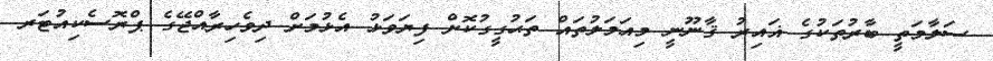
ސަލާމަތީ ބާރުތަކުގެ ޣައިރު ޤާނޫނީ މިއަމަލުތައް ތަޙުގީގުކޮށް ފިޔަވަޅު އެޅުމަށް ދިވެހިރާއްޖޭގެ ޕްރޮސެކިއުޓަރ